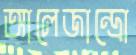
আলেজান্দ্রো